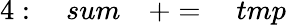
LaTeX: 4:\quad sum\quad+=\quad tmp